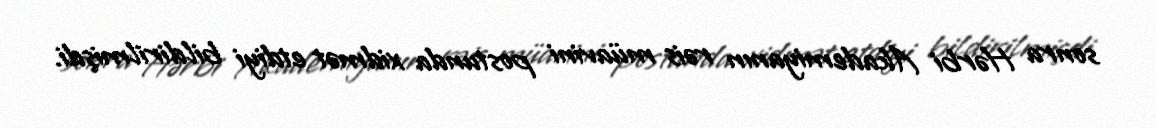
sonra Hərbi Akademiyanın rəis müavini postunda xidmət etdiyi bildirilmişdi.